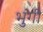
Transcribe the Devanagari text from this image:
भुंगी